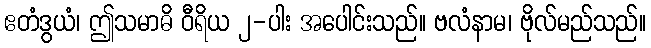
ဧတံဒွယံ၊ ဤသမာဓိ ဝီရိယ ၂-ပါး အပေါင်းသည်။ ဗလံနာမ၊ ဗိုလ်မည်သည်။